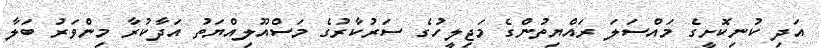
އަދި ކުނިކޮށީގެ މައްސަލަ ރައްޔިތުންގެ މަޖިލީހުގެ ސަރުކާރުގެ މަސްއޫލިއްޔަތު އަދާކުރާ މިންވަރު ބަލާ